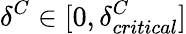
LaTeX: \delta^{C}\in[0,\delta_{critical}^{C}]